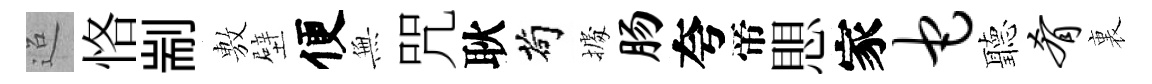
迢恪剬𢾾壁便𭴾咒耿茍𢴃肠夸帝愳家它聽肴裏